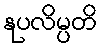
နုပလိမ္ပတိ